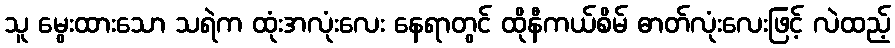
သူ မွေးထားသော သရဲက ထုံးအလုံးလေး နေရာတွင် ထိုနီကယ်စိမ် ဓာတ်လုံးလေးဖြင့် လဲထည့်